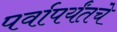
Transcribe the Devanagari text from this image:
पर्वापर्यंतचे